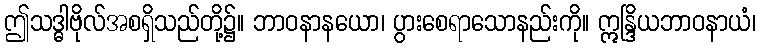
ဤသဒ္ဓါဗိုလ်အစရှိသည်တို့၌။ ဘာဝနာနယော၊ ပွားစေရာသောနည်းကို။ ဣန္ဒြိယဘာဝနာယံ၊